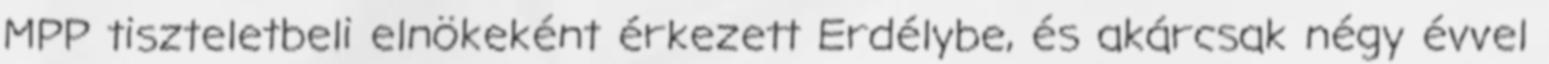
MPP tiszteletbeli elnökeként érkezett Erdélybe, és akárcsak négy évvel